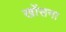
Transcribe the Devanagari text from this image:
खोंसना